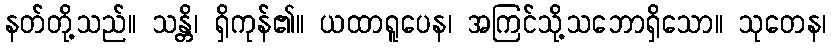
နတ်တို့သည်။ သန္တိ၊ ရှိကုန်၏။ ယထာရူပေန၊ အကြင်သို့သဘောရှိသော။ သုတေန၊